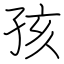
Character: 孩